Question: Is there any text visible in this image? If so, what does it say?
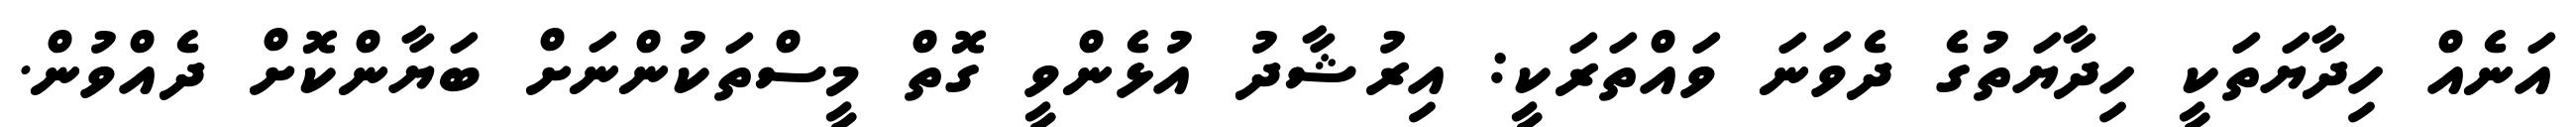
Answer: އަނެއް ހިދާޔަތަކީ ހިދާޔަތުގެ ދެވަނަ ވައްތަރަކީ: އިރުޝާދު އުޅެންވީ ގޮތް މީސްތަކުންނަށް ބަޔާންކޮށް ދެއްވުން.